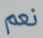
نعم